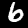
Digit: 6